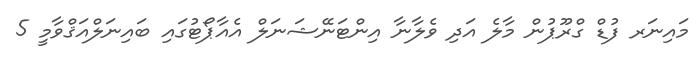
މައިނަރ ފުޑް ގްރޫޕުން މާލެ އަދި ވެލާނާ އިންޓަނޭޝަނަލް އެއާޕޯޓުގައި ބައިނަލްއަޤްވާމީ 5